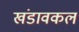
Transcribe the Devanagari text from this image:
खंडावकल